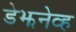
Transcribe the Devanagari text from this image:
डेझनेव्ह